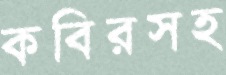
কবিরসহ